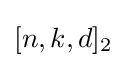
[n,k,d]_{2}